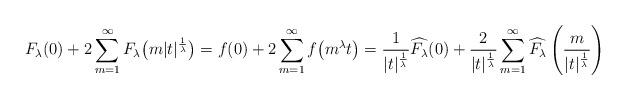
LaTeX: \begin{align*}F_\lambda(0)+2\sum_{m=1}^\infty{F_\lambda\bigr(m\vert{t}\vert^{\frac{1}{\lambda}}\bigr)=f(0)+2\sum_{m=1}^\infty{f\bigr(m^\lambda{t}\bigr)}=\frac{1}{\vert{t}\vert^{\frac{1}{\lambda}}}\widehat{F_\lambda}(0)+\frac{2}{\vert{t}\vert^{\frac{1}{\lambda}}}\sum_{m=1}^\infty\widehat{F_\lambda}\left(\frac{m}{\vert{t}\vert^{\frac{1}{\lambda}}}\right)}\end{align*}